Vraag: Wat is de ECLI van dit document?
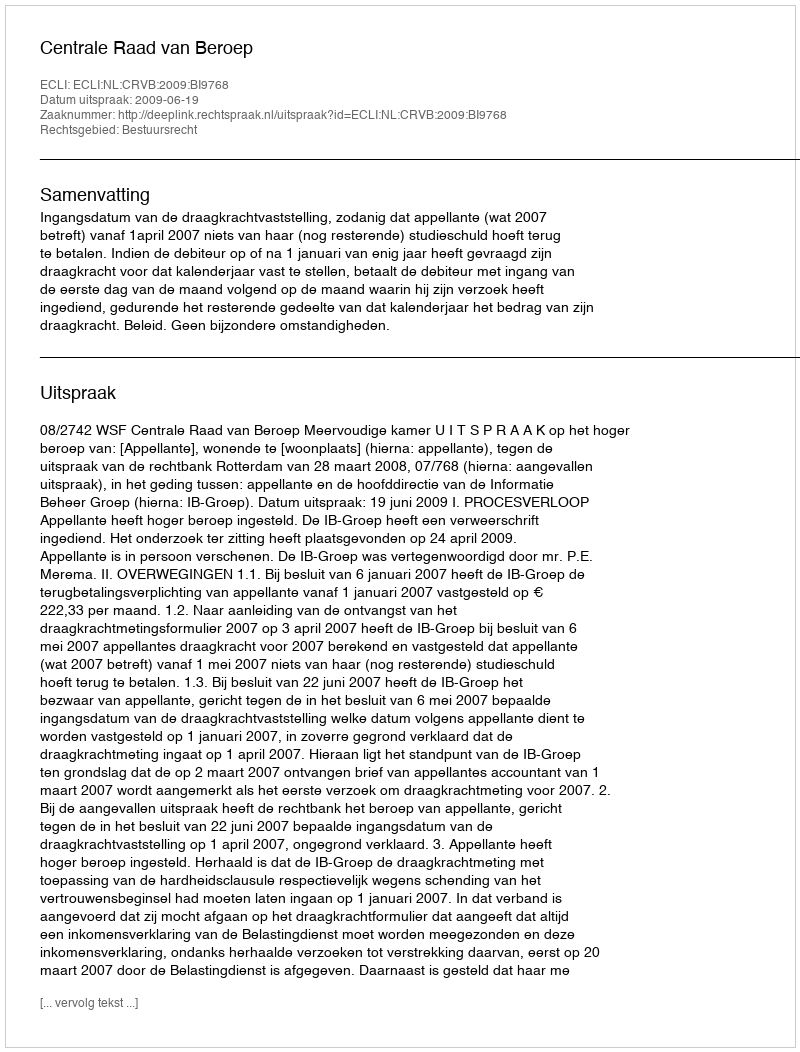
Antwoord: ECLI:NL:CRVB:2009:BI9768